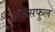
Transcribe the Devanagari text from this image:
हाऊसफुल